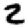
Digit: 2